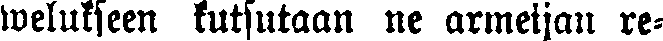
welukseen kutsutaan ne armeijan re-